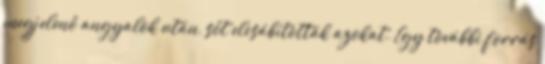
megjelenő angyalok után, sőt elcsábították azokat. Egy további forrás